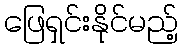
ဖြေရှင်းနိုင်မည့်